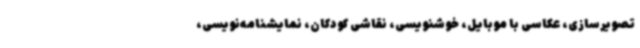
تصویرسازی، عکاسی با موبایل، خوشنویسی، نقاشی کودکان، نمایشنامه‌نویسی،